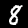
Label: 8